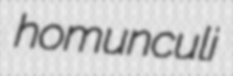
homunculi